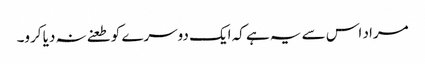
مراد اس سے یہ ہے کہ ایک دوسرے کو طعنے نہ دیا کرو۔